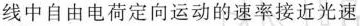
线中自由电荷定向运动的速率接近光速